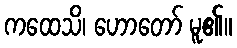
ကထေသိ၊ ဟောတော် မူ၏။